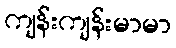
ကျန်းကျန်းမာမာ